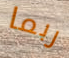
ربما